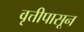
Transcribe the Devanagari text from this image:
वृत्तीपासून